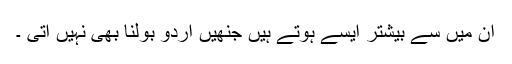
ان میں سے بیشتر ایسے ہوتے ہیں جنھیں اردو بولنا بھی نہیں آتی ۔